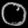
Digit: ၀